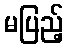
မပြည့်